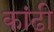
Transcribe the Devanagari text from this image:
कांढी